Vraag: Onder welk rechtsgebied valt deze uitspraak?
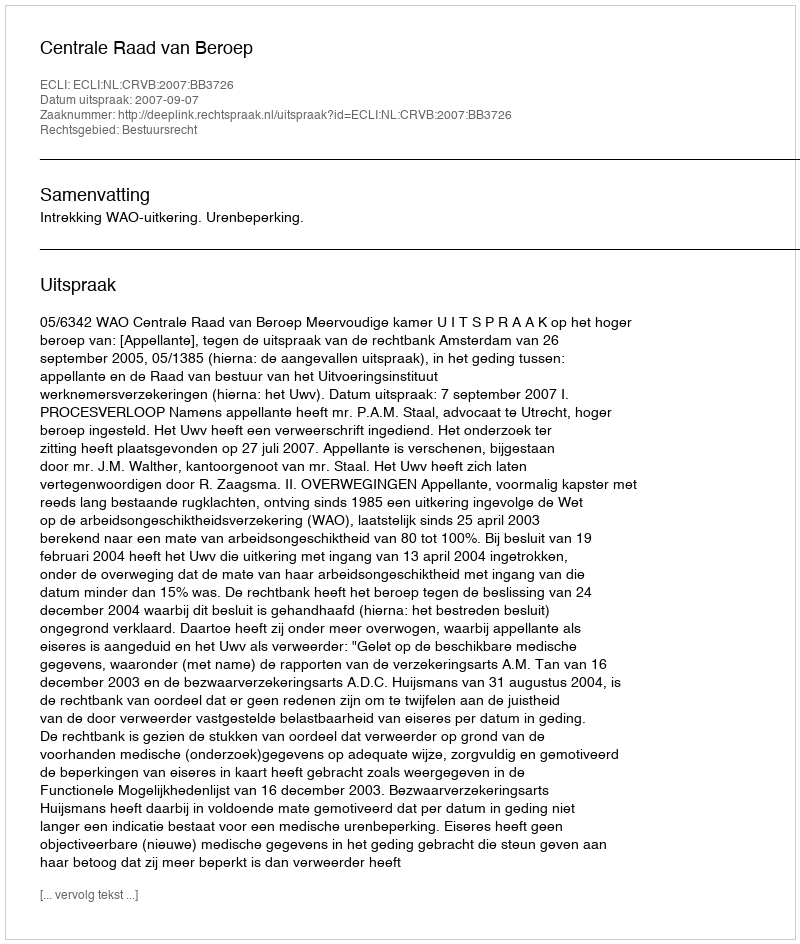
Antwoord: Bestuursrecht